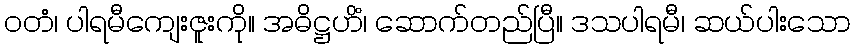
ဝတံ၊ ပါရမီကျေးဇူးကို။ အဓိဋ္ဌဟိံ၊ ဆောက်တည်ပြီ။ ဒသပါရမီ၊ ဆယ်ပါးသော